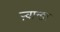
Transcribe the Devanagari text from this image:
ऱ्वान्डा